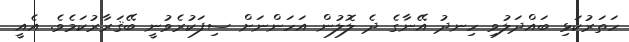
ހަތަރުކަޅި ބައްދަލުވި ހިނދު އޭނާގެ ދެ ލޮލުން އަހަންނަށް ސިފަކުރެވުނީ ބޭޤަރާރުކަމެވެ. އެއީ